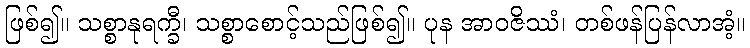
ဖြစ်၍။ သစ္စာနုရက္ခီ၊ သစ္စာစောင့်သည်ဖြစ်၍။ ပုန အာဝဇိဿံ၊ တစ်ဖန်ပြန်လာအံ့။